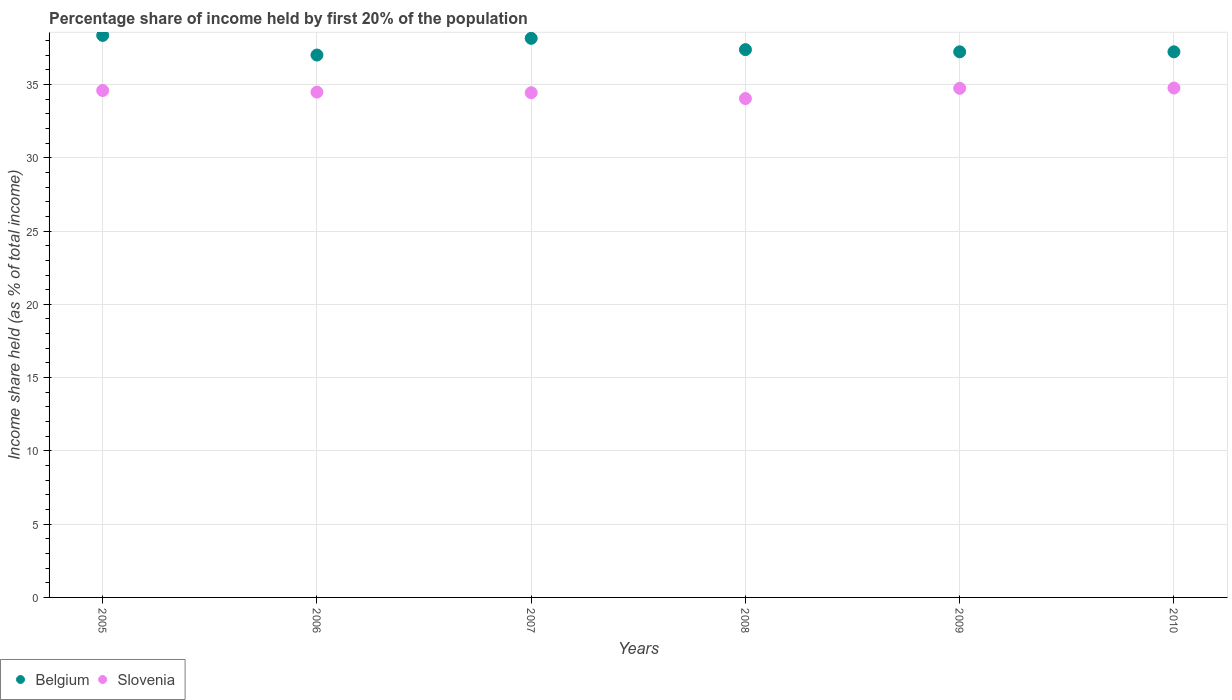
| Years | Belgium | Slovenia |
 | --- | --- | --- |
 | 2005 | 38.4 | 34.6 |
 | 2006 | 37 | 34.5 |
 | 2007 | 38.1 | 34.4 |
 | 2008 | 37.4 | 34 |
 | 2009 | 37.2 | 34.7 |
 | 2010 | 37.2 | 34.8 |